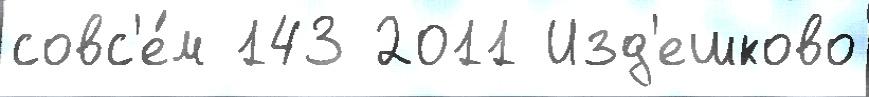
совс'е́м 143 2011 Изд'ешково